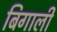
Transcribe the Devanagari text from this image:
बिगाली